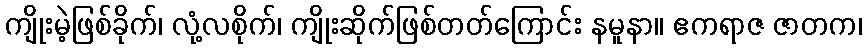
ကျိုးမဲ့ဖြစ်ခိုက်၊ လုံ့လစိုက်၊ ကျိုးဆိုက်ဖြစ်တတ်ကြောင်း နမူနာ။ ဧကရာဇ ဇာတက၊